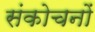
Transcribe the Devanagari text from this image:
संकोचनों